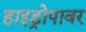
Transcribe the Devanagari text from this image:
हाइड्रोपावर